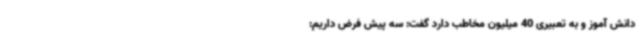
دانش آموز و به تعبیری 40 میلیون مخاطب دارد گفت: سه پیش فرض داریم: